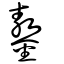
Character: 鏊